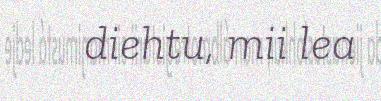
diehtu, mii lea